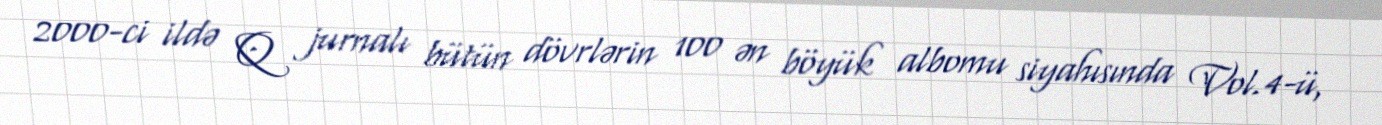
2000-ci ildə Q jurnalı bütün dövrlərin 100 ən böyük albomu siyahısında Vol.4-ü,